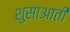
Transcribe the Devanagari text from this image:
शुसाआती